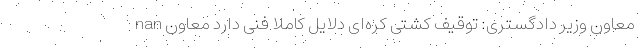
nan معاون وزیر دادگستری: توقیف کشتی کره‌ای دلایل کاملا فنی دارد معاون